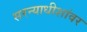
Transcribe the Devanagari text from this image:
सरन्याधीशांवर